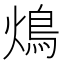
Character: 䲴